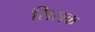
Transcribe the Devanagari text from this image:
सिसक